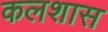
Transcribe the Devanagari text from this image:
कलशास